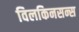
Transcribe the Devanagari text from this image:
विलकिनसन्स